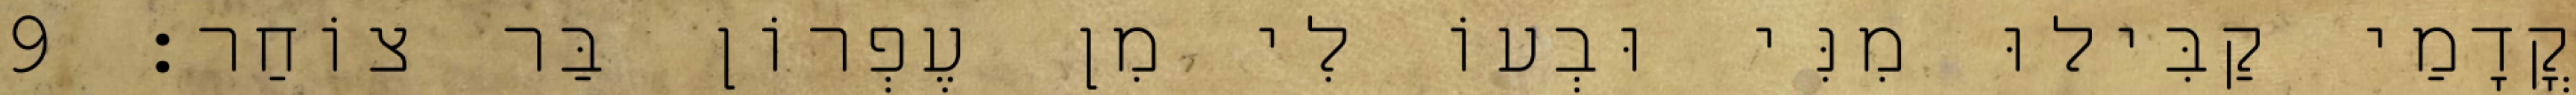
קֳדָמַי קַבִּילוּ מִנִּי וּבְעוֹ לִי מִן עֶפְרוֹן בַּר צוֹחַר׃ 9